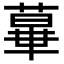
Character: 𦸩